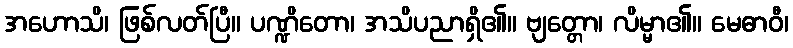
အဟောသိ၊ ဖြစ်လတ်ပြီ။ ပဏ္ဍိတော၊ အသိပညာရှိ၏။ ဗျတ္တော၊ လိမ္မာ၏။ မေဓာဝီ၊